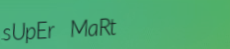
sUpEr MaRt